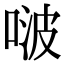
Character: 啵